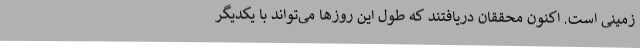
زمینی است. اکنون محققان دریافتند که طول این روزها می‌تواند با یکدیگر